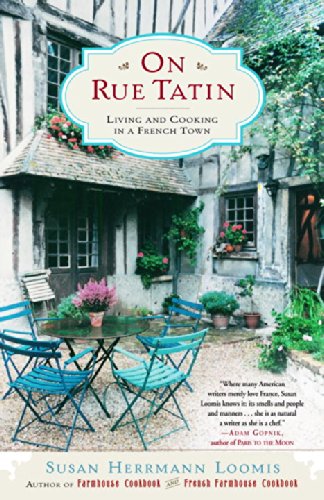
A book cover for On Rue Tatin: Living and Cooking in a French Town; Susan Herrmann Loomis; Cookbooks, Food & Wine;